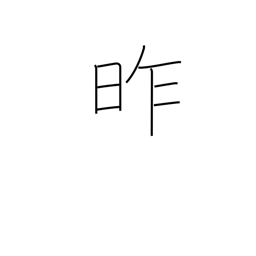
Meaning: yesterday